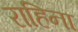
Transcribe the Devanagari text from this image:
राहिना